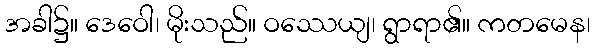
အခါ၌။ ဒေဝေါ၊ မိုးသည်။ ဝဿေယျ၊ ရွာရာ၏။ ကတမေန၊